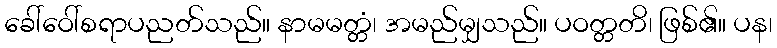
ခေါ်ဝေါ်စရာပညတ်သည်။ နာမမတ္တံ၊ အမည်မျှသည်။ ပဝတ္တတိ၊ ဖြစ်၏။ ပန၊